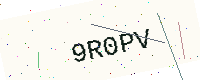
Text: 9R0PV